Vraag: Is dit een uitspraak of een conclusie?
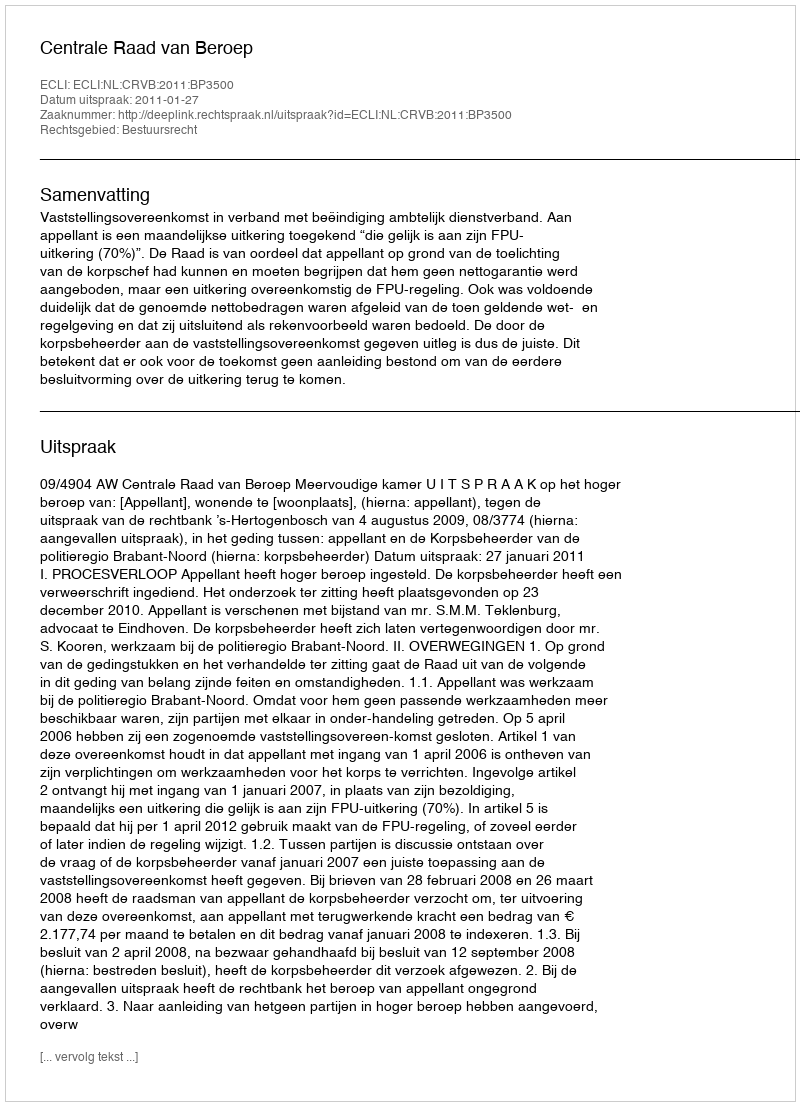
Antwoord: Uitspraak